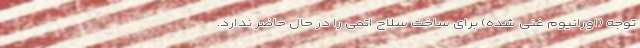
توجه (اورانیوم غنی شده) برای ساخت سلاح اتمی را در حال حاضر ندارد.